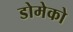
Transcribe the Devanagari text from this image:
डोमेको